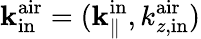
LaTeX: {\mathbf k}_{\mathrm{in}}^{\mathrm{air}}=({\mathbf k}_{\parallel}^{\mathrm{in}},k_{z,\mathrm{in}}^{\mathrm{air}})